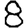
Digit: 8